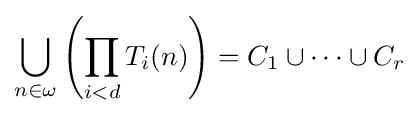
\bigcup _{n\in \omega }\left(\prod _{i<d}T_{i}(n)\right)=C_{1}\cup \cdots \cup C_{r}